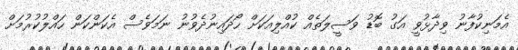
އެމަނިކުފާނު ވިދާޅުވީ އަގު ބޮޑު ވަސީލަތެއް ކުއްލިއަކަށް ހޯދައިނުދެވުނު ނަމަވެސް އެކަންކަން ހައްލުކުރުމަށް